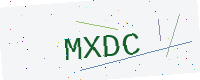
Text: MXDC